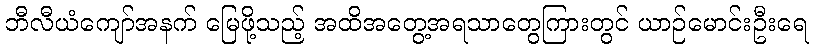
ဘီလီယံကျော်အနက် မြေဖို့သည့် အထိအတွေ့အရသာတွေကြားတွင် ယာဉ်မောင်းဦးရေ